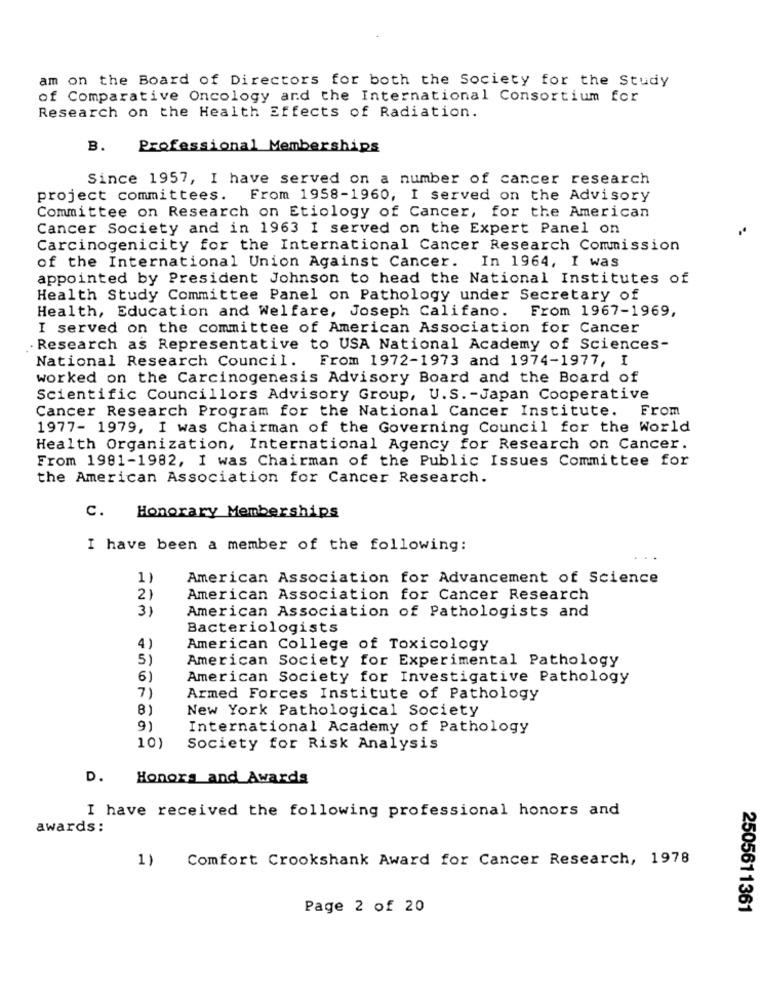
am on the Board of Directors for both the Society for the Study
of Comparative Oncology and the International Consortium for
Research on the Health Effects of Radiation.
B. Professional Memberships
Since 1957, I have served on a number of cancer research
project committees. From 1958-1960, I served on the Advisory
Committee on Research on Etiology of Cancer, for the American
Cancer Society and in 1963 I served on the Expert Panel on
Carcinogenicity for the International Cancer Research Commission
of the International Union Against Cancer. In 1964, I was
appointed by President Johnson to head the National Institutes of
Health Study Committee Panel on Pathology under Secretary of
Health, Education and Welfare, Joseph Califano. From 1967-1969,
I served on the committee of American Association for Cancer
Research as Representative to USA National Academy of Sciences-
National Research Council. From 1972-1973 and 1974-1977, I
worked on the Carcinogenesis Advisory Board and the Board of
Scientific Councillors Advisory Group, U.S. - Japan Cooperative
Cancer Research Program for the National Cancer Institute.
From
1977- 1979, I was Chairman of the Governing Council for the World
Health Organization, International Agency for Research on Cancer.
From 1981-1982, I was Chairman of the Public Issues Committee for
the American Association for Cancer Research.
C. Honorary Memberships
I have been a member of the following:
1)
American Association for Advancement of Science
21
American Association for Cancer Research
3)
American Association of Pathologists and
Bacteriologists
4 )
American College of Toxicology
5)
American Society for Experimental Pathology
6)
American Society for Investigative Pathology
7)
Armed Forces Institute of Pathology
8)
New York Pathological Society
9)
International Academy of Pathology
10)
Society for Risk Analysis
D.
Honors and Awards
I have received the following professional honors and
awards:
Comfort Crookshank Award for Cancer Research, 1978
1)
Page 2 of 20
2505611361